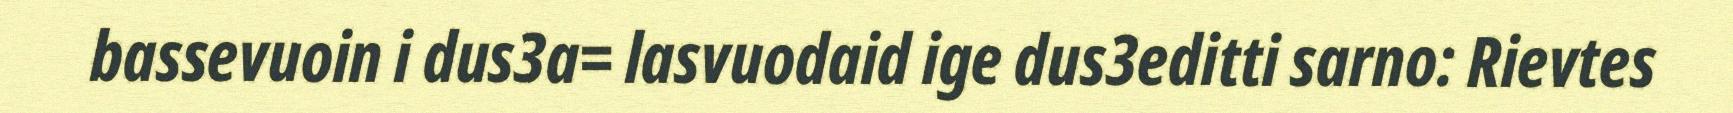
bassevuoin i dus3a= lasvuodaid ige dus3editti sarno: Rievtes